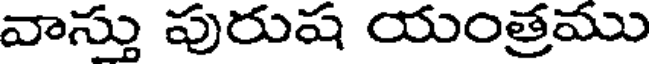
వాస్తు పురుష యంత్రము